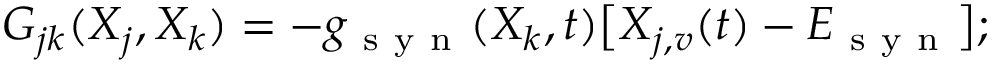
G _ { j k } ( X _ { j } , X _ { k } ) = - g _ { \mathrm { ~ s ~ y ~ n ~ } } ( X _ { k } , t ) \big [ X _ { j , v } ( t ) - E _ { \mathrm { ~ s ~ y ~ n ~ } } \big ] ;